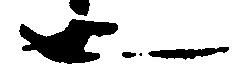
也